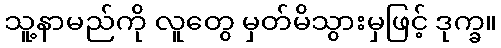
သူ့နာမည်ကို လူတွေ မှတ်မိသွားမှဖြင့် ဒုက္ခ။